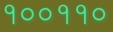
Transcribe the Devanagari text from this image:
१००११०